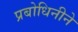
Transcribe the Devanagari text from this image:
प्रबोधिनीने